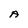
Character: A